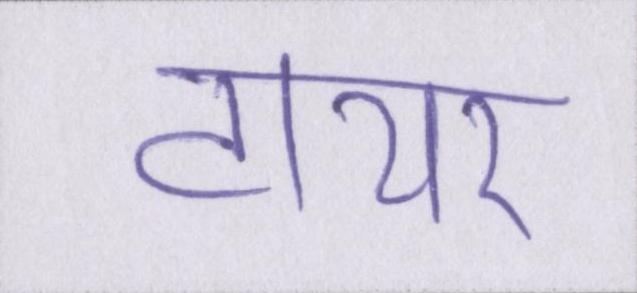
टायर